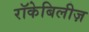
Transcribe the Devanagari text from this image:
रॉकेबिलीज़